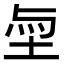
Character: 𡋬